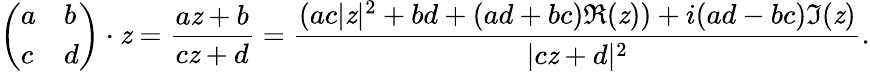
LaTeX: {\left(\begin{array}{ll}{a}&{b}\\ {c}&{d}\end{array}\right)}\cdot\mathit{z}={\frac{{a\mathit{z}+b}}{{c\mathit{z}+d}}}={\frac{{(ac|\mathit{z}|^{2}+bd+(ad+bc)\Re(\mathit{z}))+i(ad-bc)\Im(\mathit{z})}}{{|c\mathit{z}+d|^{2}}}}.